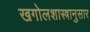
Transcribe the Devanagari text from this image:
खगोलशास्त्रानुसार